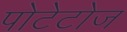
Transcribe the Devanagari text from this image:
पोटेटोज